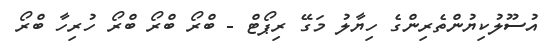
އުސޫލުކިޔުންތެރިންގެ ހިޔާލު މަގޭ ރިޕޯޓް - ބްރޯ ބްރޯ ބްރޯ ހުރިހާ ބްރޯ